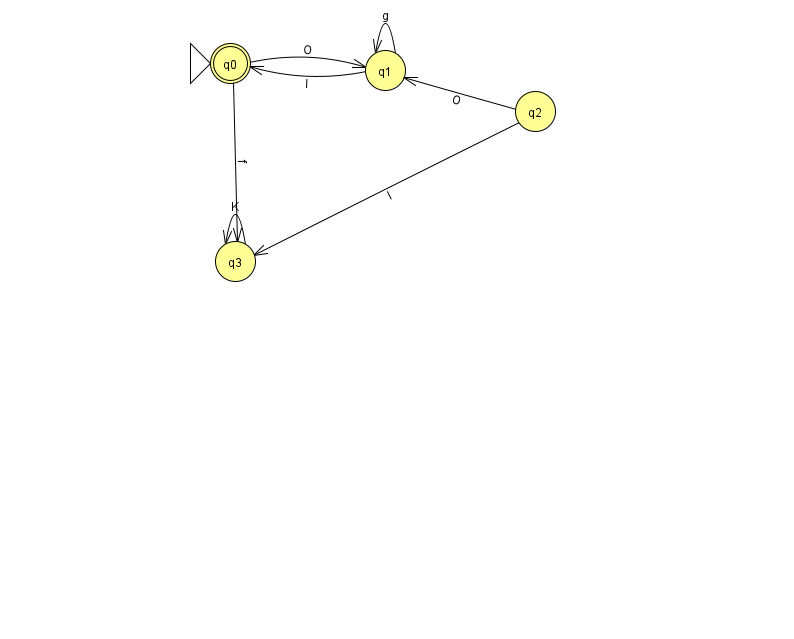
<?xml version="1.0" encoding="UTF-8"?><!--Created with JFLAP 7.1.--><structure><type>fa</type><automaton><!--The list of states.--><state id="0" name="q0"><x>230.0</x><y>50.0</y><initial/><final/></state><state id="1" name="q1"><x>385.0</x><y>57.0</y></state><state id="2" name="q2"><x>535.0</x><y>98.0</y></state><state id="3" name="q3"><x>235.0</x><y>248.0</y></state><!--The list of transitions.--><transition><from>2</from><to>1</to><read>O</read></transition><transition><from>1</from><to>1</to><read>g</read></transition><transition><from>0</from><to>3</to><read>f</read></transition><transition><from>3</from><to>3</to><read>K</read></transition><transition><from>1</from><to>0</to><read>l</read></transition><transition><from>2</from><to>3</to><read>l</read></transition><transition><from>0</from><to>1</to><read>O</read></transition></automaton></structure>